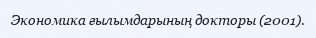
Экономика ғылымдарының докторы (2001).